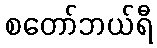
စတော်ဘယ်ရီ